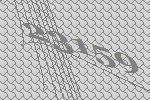
23159